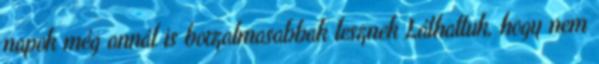
napok még annál is borzalmasabbak lesznek Láthattuk, hogy nem